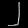
Digit: ၂